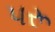
પરૂ